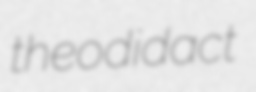
theodidact